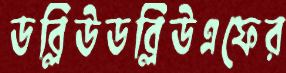
ডব্লিউডব্লিউএফের